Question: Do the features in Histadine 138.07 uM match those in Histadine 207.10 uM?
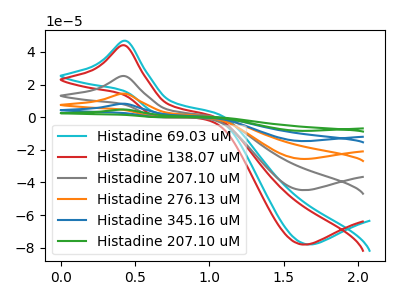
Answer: <think>The cyan curve "Histadine 69.03 uM" has an anodic peak at (0.45V, 46.90uA) and a cathodic peak at (1.65V, -78.00uA). The red curve "Histadine 138.07 uM" has an anodic peak at (0.45V, 44.15uA) and a cathodic peak at (1.65V, -78.10uA). The gray curve "Histadine 207.10 uM" has an anodic peak at (0.45V, 25.25uA) and a cathodic peak at (1.65V, -44.70uA). The orange curve "Histadine 276.13 uM" has an anodic peak at (0.45V, 50.55uA) and a cathodic peak at (1.65V, -89.45uA). The blue curve "Histadine 345.16 uM" has an anodic peak at (0.45V, 75.80uA) and a cathodic peak at (1.65V, -134.15uA). The green curve "Histadine 207.10 uM" has an anodic peak at (0.45V, 101.10uA) and a cathodic peak at (1.65V, -178.90uA).
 All the peaks in "Histadine 138.07 uM" have a peak in "Histadine 207.10 uM" at the same potential. Every peak in "Histadine 138.07 uM" is higher than every peak in "Histadine 207.10 uM".</think>
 <answer>"Histadine 138.07 uM" and "Histadine 207.10 uM" are similar in shape.</answer>
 <eval>same_shape</eval>